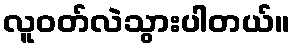
လူဝတ်လဲသွားပါတယ်။